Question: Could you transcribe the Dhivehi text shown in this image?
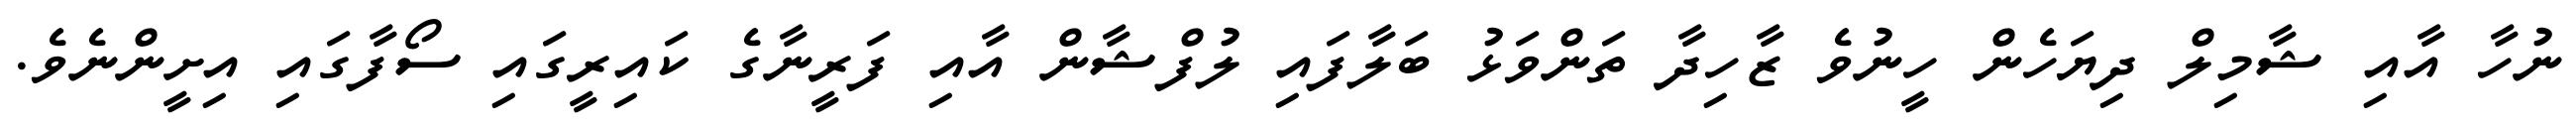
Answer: ނުހާ އާއި ޝާމިލް ދިޔަހެން ހީނުވެ ޒާހިދާ ތަންވަޅު ބަލާފައި ލުފްޝާން އާއި ފަރީނާގެ ކައިރީގައި ސޯފާގައި އިށީންނެވެ.